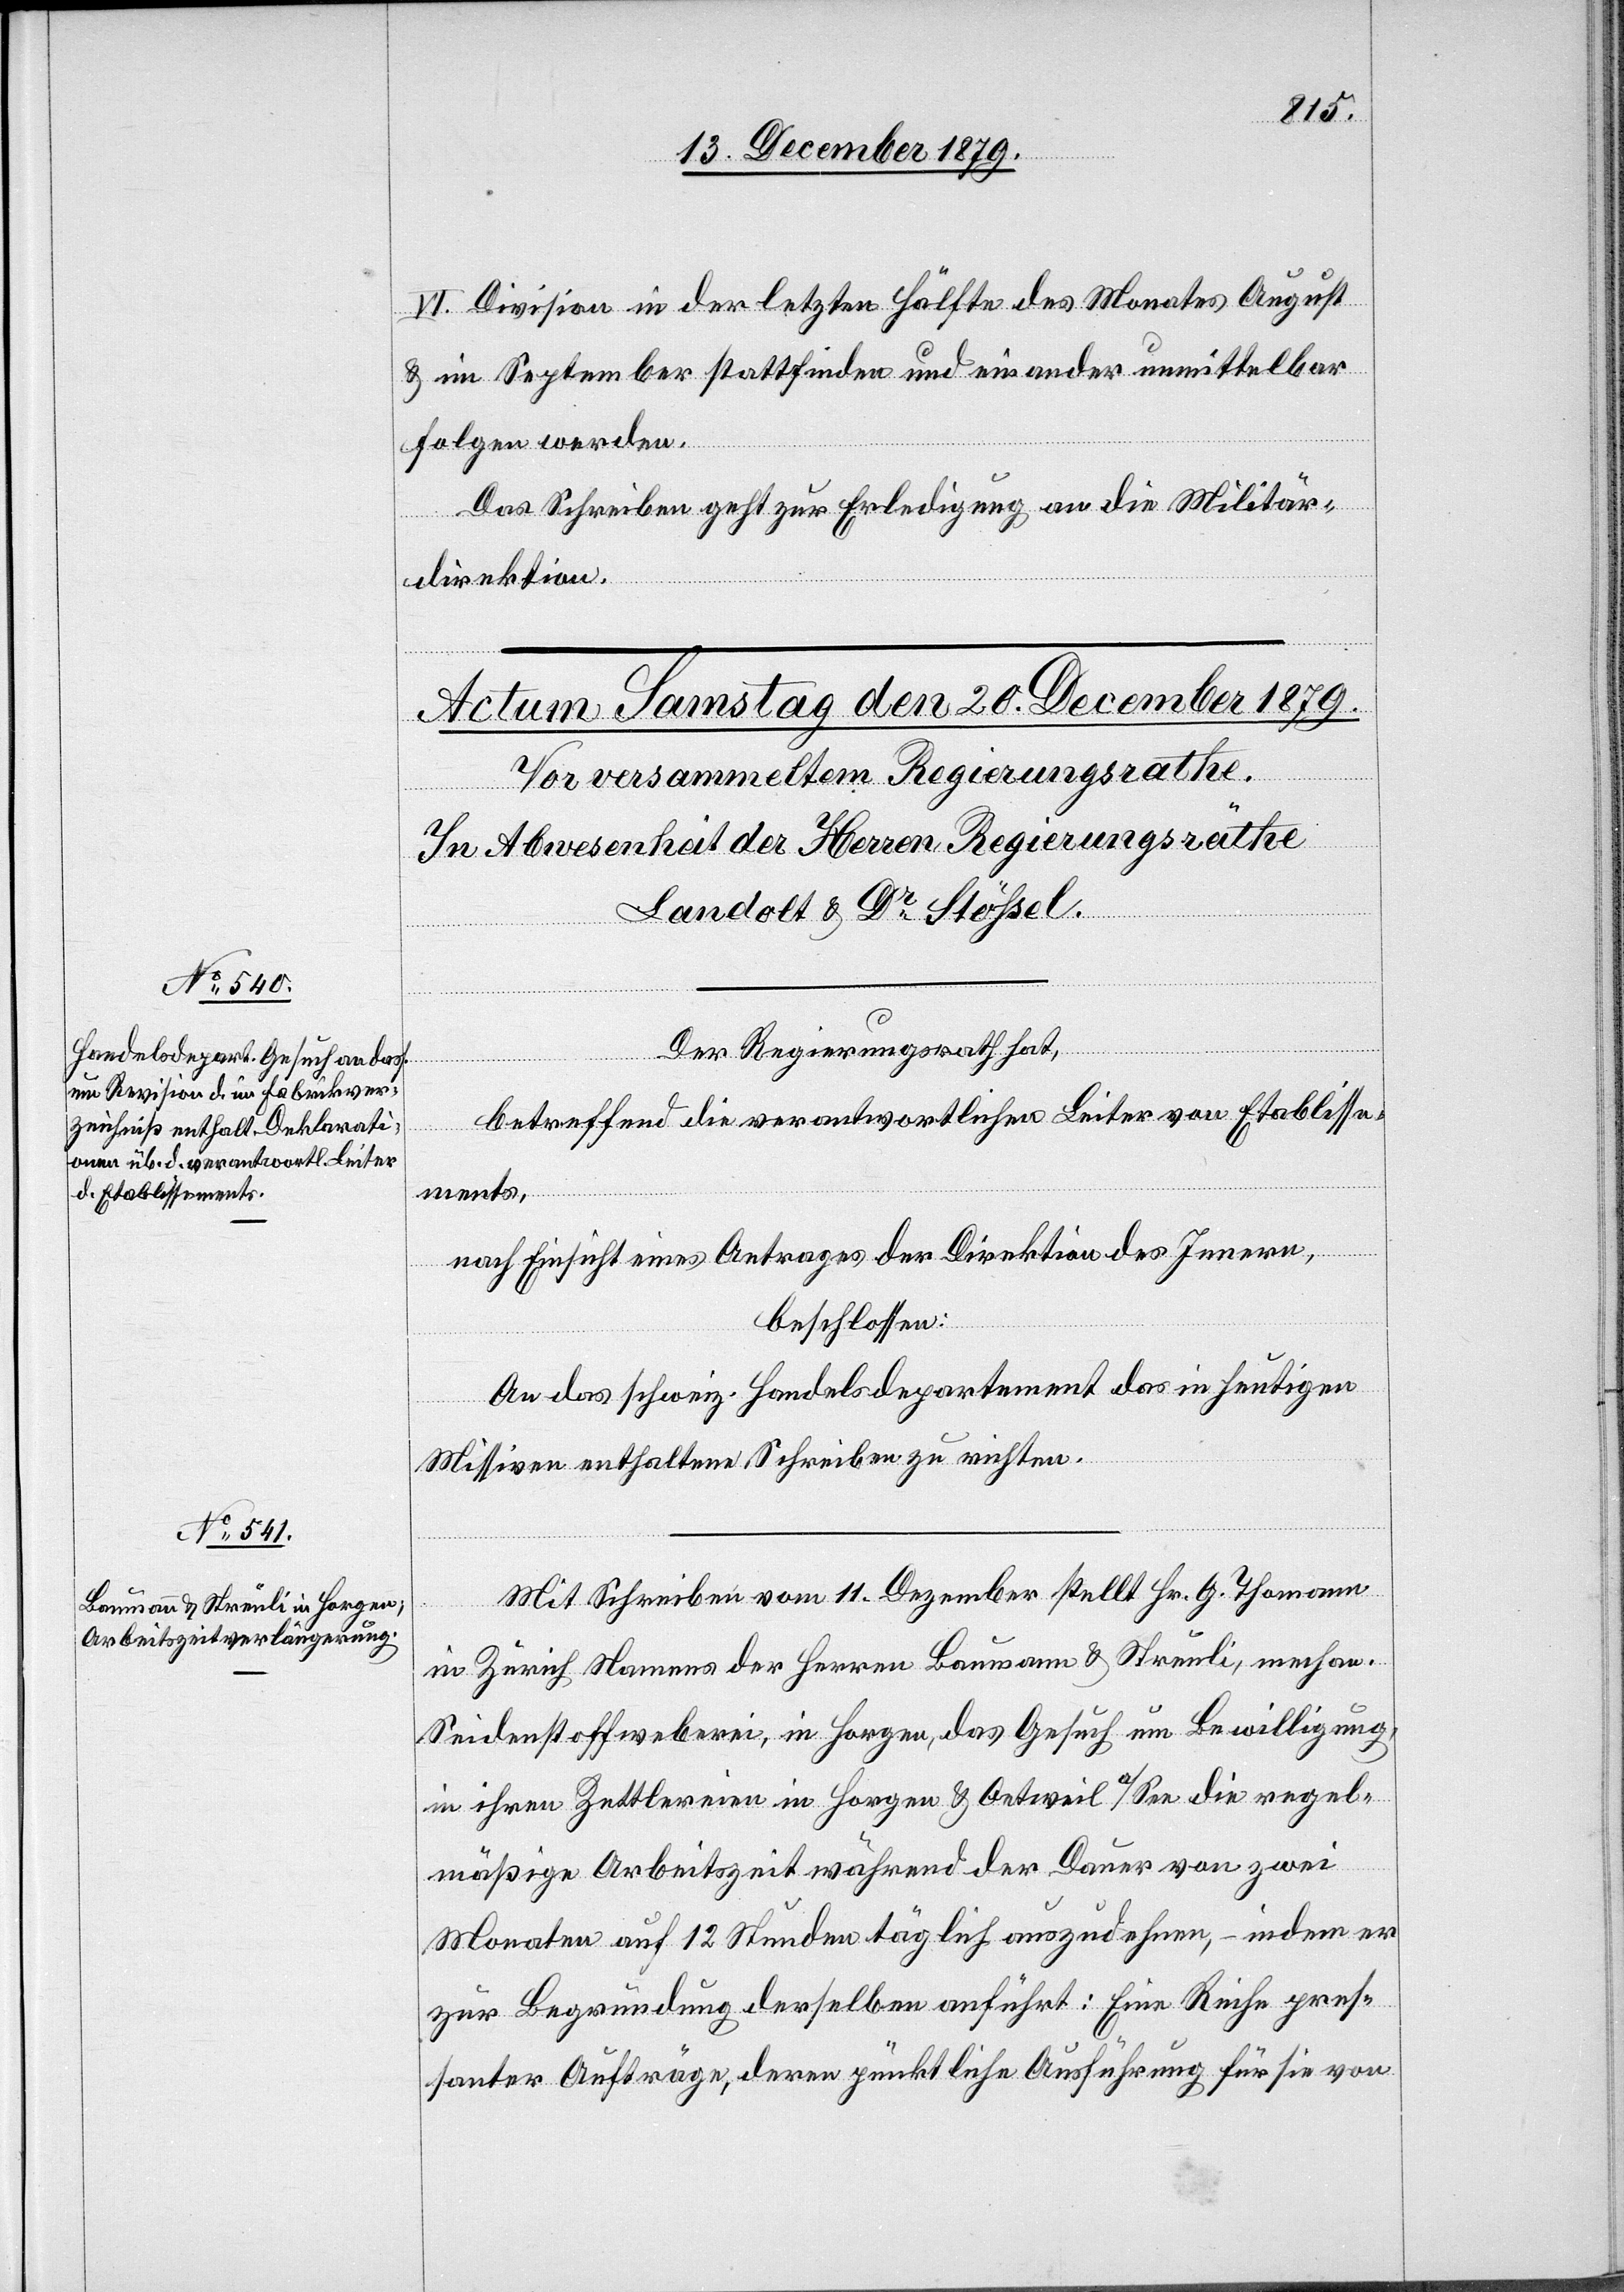
VI. Division in der letzten Hälfte des Monates August
& im September stattfinden und einander unmittelbar
folgen werden.
Das Schreiben geht zur Erledigung an die Militär¬
direktion.
Der Regierungsrath hat,
betreffend die verantwortlichen Leiter von Etablisse¬
ments,
nach Einsicht eines Antrages der Direktion des Innern,
beschlossen:
An das schweiz. Handelsdepartement das in heutigen
Missiven enthaltene Schreiben zu richten.
Mit Schreiben vom 11. Dezbr. stellt Hr. G. Thomann
in Zürich Namens der Herren Baumann & Streuli, mechan.
Seidenstoffweberei, in Horgen, das Gesuch um Bewilligung,
in ihren Zettlereien in Horgen & Oetweil a/See die regel¬
mäßige Arbeitszeit während der Dauer von zwei
Monaten auf 12 Stunden täglich auszudehnen, – indem er
zur Begründung derselben anführt: Eine Reihe pres¬
santer Aufträge, deren pünktliche Ausführung für sie von